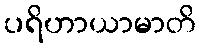
ပရိဟာယာမာတိ